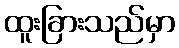
ထူးခြားသည်မှာ